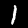
Digit: 1